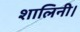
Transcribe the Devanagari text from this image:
शालिनी।